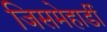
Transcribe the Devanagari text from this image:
जिसमेहार्डी